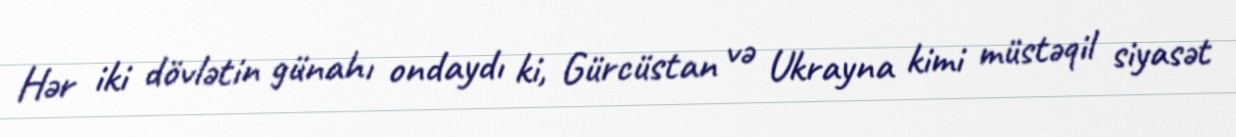
Hər iki dövlətin günahı ondaydı ki, Gürcüstan və Ukrayna kimi müstəqil siyasət